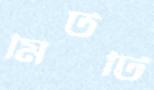
মিটটি